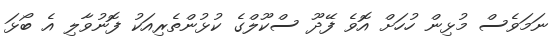
ނަމަވެސް މުޅިން ހުހަށް އޮވެ ފޭދޫ ސްކޫލްގެ ކުޅުންތެރިއަކު ފޮނުވާލި އެ ބޯޅަ